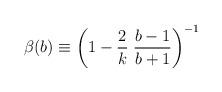
LaTeX: \begin{align*}\beta(b)\equiv\left( 1-\frac{2}{k}\;\frac{b-1}{b+1}\right)^{-1}\end{align*}